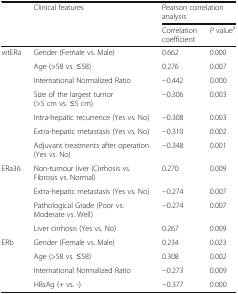
<table><thead><tr><td>[EMPTY_CELL]</td><td><b>Clinical features</b></td><td colspan="2"><b>Pearson correlation analysis</b></td></tr><tr><td>[EMPTY_CELL]</td><td>[EMPTY_CELL]</td><td><b>Correlation coefficient</b></td><td><b><i>P</i> value<sup>a</sup></b></td></tr></thead><tbody><tr><td>wtERa</td><td>Gender (Female vs. Male)</td><td>0.662</td><td>0.000</td></tr><tr><td>[EMPTY_CELL]</td><td>Age (&gt;58 vs. ≤58)</td><td>0.276</td><td>0.007</td></tr><tr><td>[EMPTY_CELL]</td><td>International Normalized Ratio</td><td>−0.442</td><td>0.000</td></tr><tr><td>[EMPTY_CELL]</td><td>Size of the largest tumor (&gt;5 cm vs. ≤5 cm)</td><td>−0.306</td><td>0.003</td></tr><tr><td>[EMPTY_CELL]</td><td>Intra-hepatic recurrence (Yes vs. No)</td><td>−0.308</td><td>0.003</td></tr><tr><td>[EMPTY_CELL]</td><td>Extra-hepatic metastasis (Yes vs. No)</td><td>−0.310</td><td>0.002</td></tr><tr><td>[EMPTY_CELL]</td><td>Adjuvant treatments after operation (Yes vs. No)</td><td>−0.348</td><td>0.001</td></tr><tr><td>ERa36</td><td>Non-tumour liver (Cirrhosis vs. Fibrosis vs. Normal)</td><td>0.270</td><td>0.009</td></tr><tr><td>[EMPTY_CELL]</td><td>Extra-hepatic metastasis (Yes vs. No)</td><td>−0.274</td><td>0.007</td></tr><tr><td>[EMPTY_CELL]</td><td>Pathological Grade (Poor vs. Moderate vs. Well)</td><td>−0.274</td><td>0.007</td></tr><tr><td>[EMPTY_CELL]</td><td>Liver cirrhosis (Yes vs. No)</td><td>0.267</td><td>0.009</td></tr><tr><td>ERb</td><td>Gender (Female vs. Male)</td><td>0.234</td><td>0.023</td></tr><tr><td>[EMPTY_CELL]</td><td>Age (&gt;58 vs. ≤58)</td><td>0.308</td><td>0.002</td></tr><tr><td>[EMPTY_CELL]</td><td>International Normalized Ratio</td><td>−0.273</td><td>0.009</td></tr><tr><td>[EMPTY_CELL]</td><td>HBsAg (+ vs. -)</td><td>−0.377</td><td>0.000</td></tr></tbody></table>